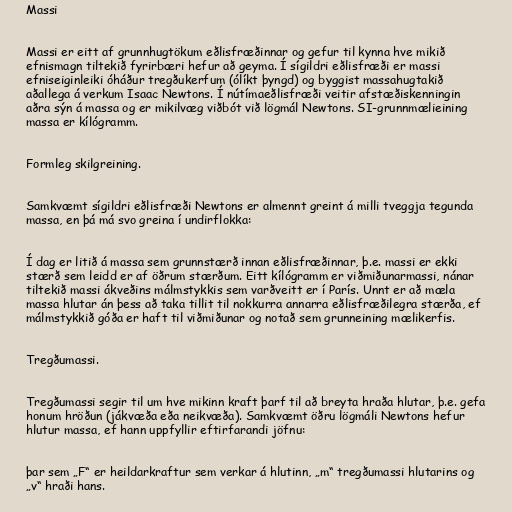
Massi

Massi er eitt af grunnhugtökum eðlisfræðinnar og gefur til kynna hve mikið
efnismagn tiltekið fyrirbæri hefur að geyma. Í sígildri eðlisfræði er massi
efniseiginleiki óháður tregðukerfum (ólíkt þyngd) og byggist massahugtakið
aðallega á verkum Isaac Newtons. Í nútímaeðlisfræði veitir afstæðiskenningin
aðra sýn á massa og er mikilvæg viðbót við lögmál Newtons. SI-grunnmælieining
massa er kílógramm.

Formleg skilgreining.

Samkvæmt sígildri eðlisfræði Newtons er almennt greint á milli tveggja tegunda
massa, en þá má svo greina í undirflokka:

Í dag er litið á massa sem grunnstærð innan eðlisfræðinnar, þ.e. massi er ekki
stærð sem leidd er af öðrum stærðum. Eitt kílógramm er viðmiðunarmassi, nánar
tiltekið massi ákveðins málmstykkis sem varðveitt er í París. Unnt er að mæla
massa hlutar án þess að taka tillit til nokkurra annarra eðlisfræðilegra stærða, ef
málmstykkið góða er haft til viðmiðunar og notað sem grunneining mælikerfis.

Tregðumassi.

Tregðumassi segir til um hve mikinn kraft þarf til að breyta hraða hlutar, þ.e. gefa
honum hröðun (jákvæða eða neikvæða). Samkvæmt öðru lögmáli Newtons hefur
hlutur massa, ef hann uppfyllir eftirfarandi jöfnu:

þar sem „F“ er heildarkraftur sem verkar á hlutinn, „m“ tregðumassi hlutarins og
„v“ hraði hans.